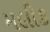
મલીક